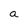
Character: a